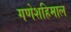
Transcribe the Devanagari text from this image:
गणेशहिमाल